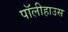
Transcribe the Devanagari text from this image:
पॉलीहाउस